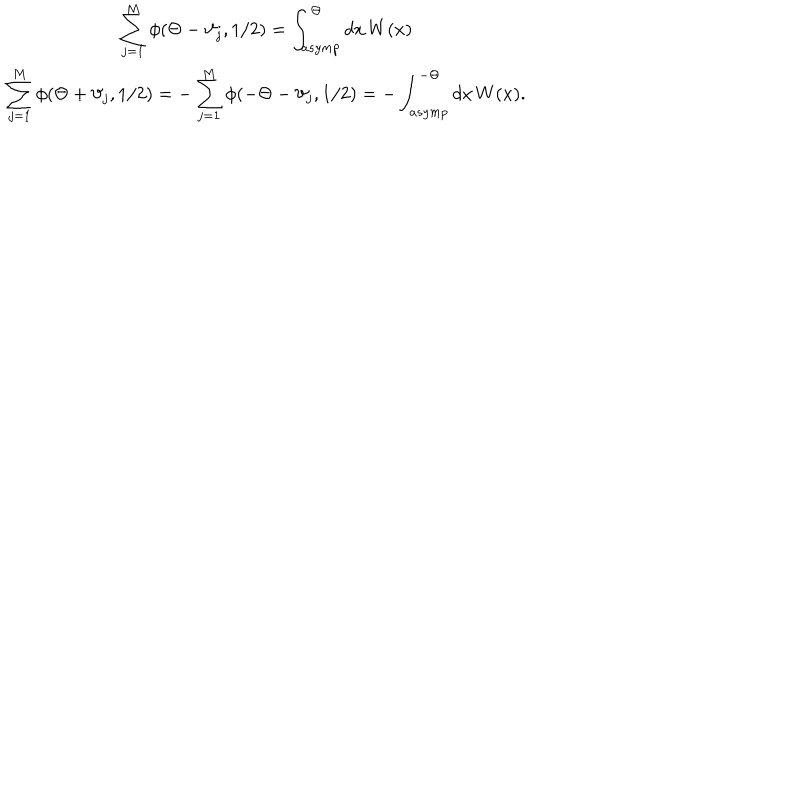
\begin{array} { c } { { \displaystyle \displaystyle \sum _ { j = 1 } ^ { M } \phi ( \Theta - \vartheta _ { j } , 1 / 2 ) = \displaystyle \int _ { a s y m p } ^ { \Theta } d x \, W ( x ) } } \\ { { \displaystyle \sum _ { j = 1 } ^ { M } \phi ( \Theta + \vartheta _ { j } , 1 / 2 ) = - \displaystyle \sum _ { j = 1 } ^ { M } \phi ( - \Theta - \vartheta _ { j } , 1 / 2 ) = - \displaystyle \int _ { a s y m p } ^ { - \Theta } d x \, W ( x ) . } } \\ \end{array}